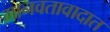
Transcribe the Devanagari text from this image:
मानवतावादात